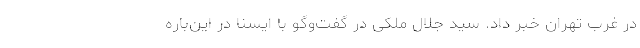
در غرب تهران خبر داد. سید جلال ملکی در گفت‌وگو با ایسنا در این‌باره